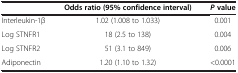
|  | Odds ratio (95% confidence interval) | P value |
 | --- | --- | --- |
 | Interleukin-1β | 1.02 (1.008 to 1.033) | 0.001 |
 | Log STNFR1 | 18 (2.5 to 138) | 0.004 |
 | Log STNFR2 | 51 (3.1 to 849) | 0.006 |
 | Adiponectin | 1.20 (1.10 to 1.32) | <0.0001 |